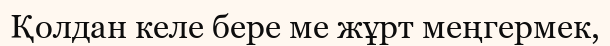
Қолдан келе бере ме жұрт меңгермек,